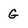
Character: G